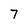
Character: 7